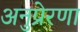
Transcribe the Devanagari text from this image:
अनुप्रेरणा